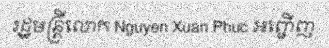
រដ្ឋមន្ត្រីលោក Nguyen Xuan Phuc អញ្ជើញ